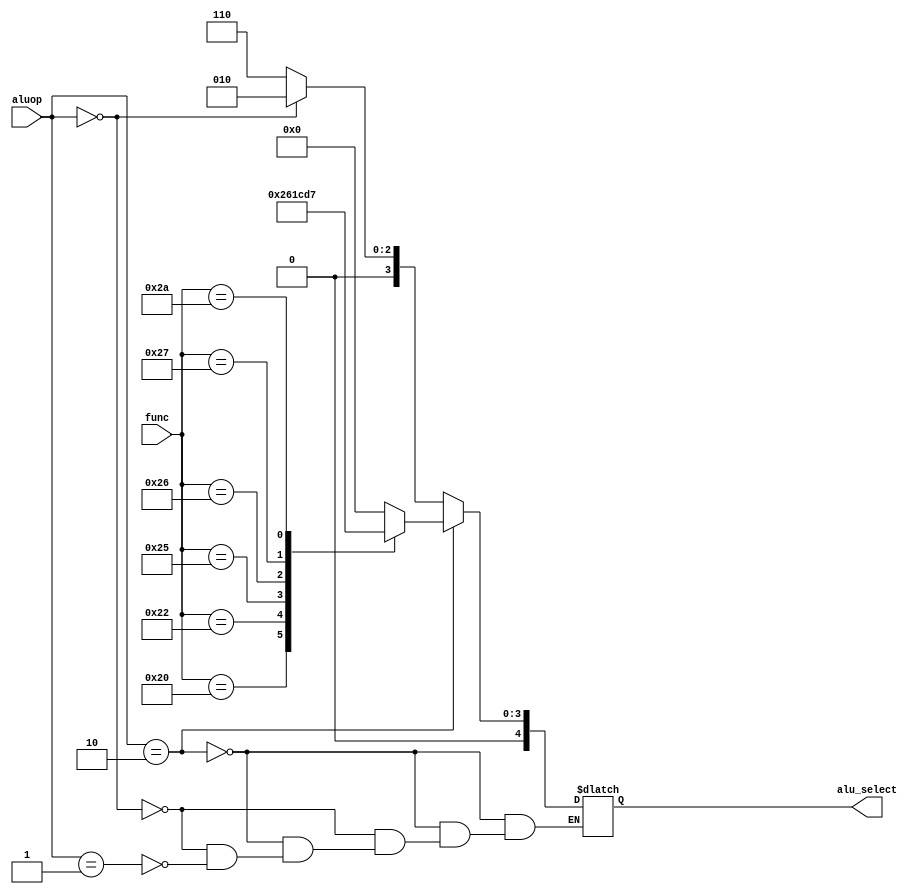
`timescale 1ns / 1ps

module alu_control (aluop, func, alu_select);
input [1:0]aluop;
input [5:0]func;
output reg [4:0] alu_select;  //AINV,BINV,MuxSelects 2;

always@(aluop or func)
begin    if (aluop==2'b10) begin
                case(func)
                        6'b100000: alu_select=4'b0010;  //add
                        6'b100010: alu_select=4'b0110;  //sub
                        6'b100100: alu_select=4'b0000;  //AND
                        6'b100101: alu_select=4'b0001;  //OR
                        6'b100110: alu_select=4'b1100;  //NOR
                        6'b100111: alu_select=4'b1101;  //NAND
                        6'b101010: alu_select=4'b0111;  //SLT
                        default: alu_select=4'b0000;
                endcase
                end
          else begin
                if(aluop==2'b00)    alu_select=4'b0010;     //add for LW,SW
                else if (aluop==2'b01) alu_select=4'b0110;  //sub for Beg
               end        
end
endmodule